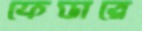
ফেডারে